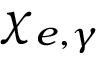
\chi _ { e , \gamma }